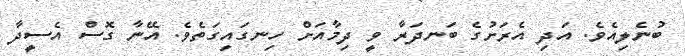
ބުނެލިއެވެ. އަދި އެރަށުގެ ބަނދަރާ ވީ ދިމާއަށް ހިނގައިގަތެވެ. އޭނާ ގޮސް އެސީދާ